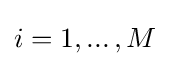
i=1,...\,,M